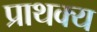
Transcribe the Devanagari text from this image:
प्राथक्य